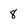
Character: 8